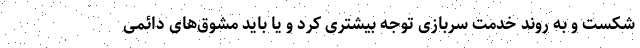
شکست و به روند خدمت سربازی توجه بیشتری کرد و یا باید مشوق‌های دائمی